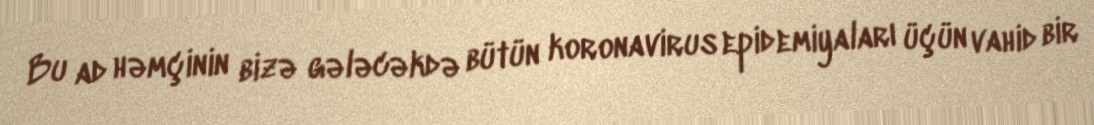
Bu ad həmçinin bizə gələcəkdə bütün koronavirus epidemiyaları üçün vahid bir